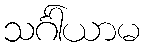
သင်္ဂါယာမ